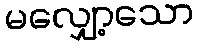
မလျှော့သော